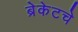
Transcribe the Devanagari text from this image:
ब्रेकेटचे